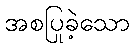
အစပြုခဲ့သော